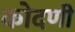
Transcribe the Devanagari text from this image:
कोदणी